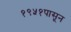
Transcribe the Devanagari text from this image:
१९५१पासून